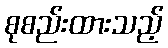
စုစည်းထားသည့်